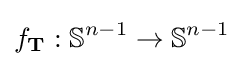
f_{\mathbf {T} }:\mathbb {S} ^{n-1}\to \mathbb {S} ^{n-1}